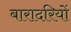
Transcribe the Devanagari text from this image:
बारादरियों